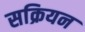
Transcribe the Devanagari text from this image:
सक्रियन